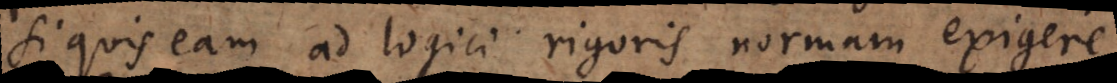
si quis eam ad logici rigoris normam exigere